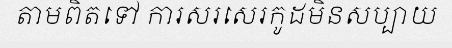
តាមពិតទៅ ការសរសេរកូដមិនសប្បាយ